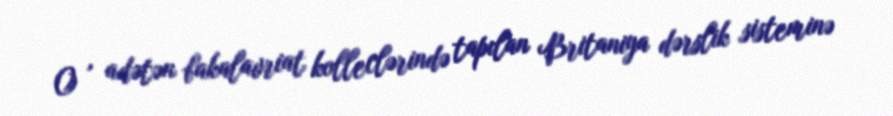
O , adətən bakalavriat kolleclərində tapılan Britaniya dərslik sisteminə